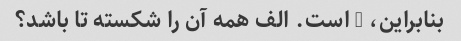
بنابراین، l است. الف همه آن را شکسته تا باشد؟